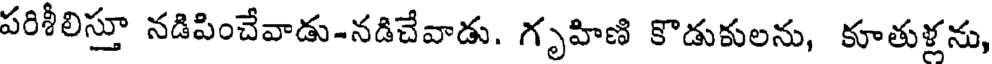
పరిశీలిస్తూ నడిపించేవాడు-నడిచేవాడు. గృహిణి కొడుకులను, కూతుళ్లను,